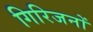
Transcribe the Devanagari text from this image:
गिरिजनों